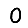
Digit: 0